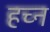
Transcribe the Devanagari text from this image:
हच्न